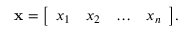
\mathbf { x } = { \left[ \begin{array} { l l l l } { x _ { 1 } } & { x _ { 2 } } & { \dots } & { x _ { n } } \end{array} \right] } .